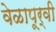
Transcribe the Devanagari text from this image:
वेळापूर्वी